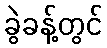
ခွဲခန့်တွင်